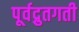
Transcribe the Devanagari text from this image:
पूर्वद्रुतगती